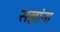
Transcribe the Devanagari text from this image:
सज्ञांना